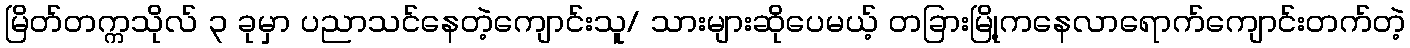
မြိတ်တက္ကသိုလ် ၃ ခုမှာ ပညာသင်နေတဲ့ကျောင်းသူ/ သားများဆိုပေမယ့် တခြားမြို့ကနေလာရောက်ကျောင်းတက်တဲ့